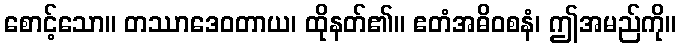
စောင့်သော။ တဿာဒေဝတာယ၊ ထိုနတ်၏။ ဧတံအဓိဝစနံ၊ ဤအမည်ကို။